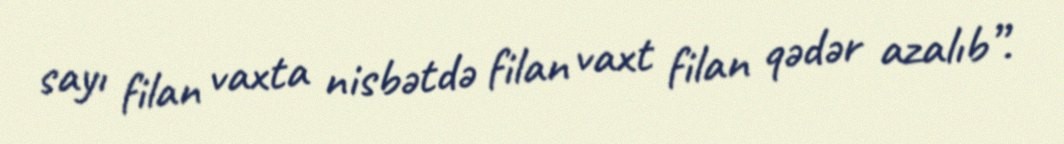
sayı filan vaxta nisbətdə filan vaxt filan qədər azalıb”.